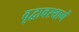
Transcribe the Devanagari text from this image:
वृद्वावस्थामें